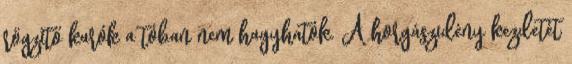
rögzítő karók a tóban nem hagyhatók. A horgászidény kezdetét